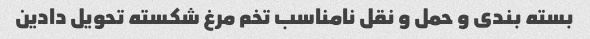
بسته بندی و حمل و نقل نامناسب تخم مرغ شکسته تحویل دادین